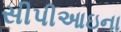
સીપીઆઇના